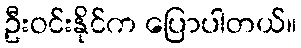
ဦးဝင်းနိုင်က ပြောပါတယ်။